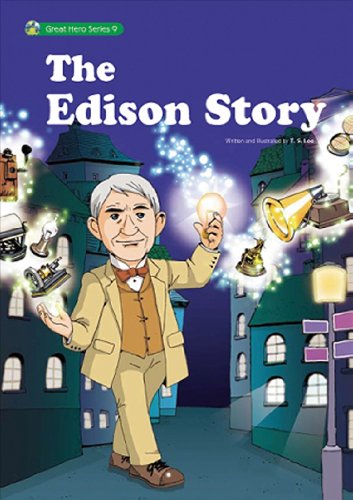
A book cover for The Thomas Edison Story: The First Thomas Edison Comic Biography (Great Heroes); T.S. Lee; Comics & Graphic Novels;